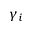
\gamma _ { i }